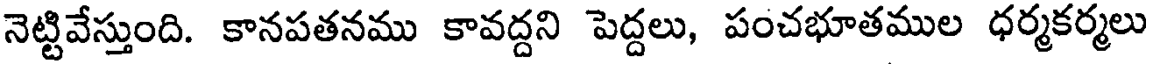
నెట్టివేస్తుంది. కానపతనము కావద్దని పెద్దలు, పంచభూతముల ధర్మకర్మలు